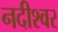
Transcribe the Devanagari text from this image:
नदीश्वर